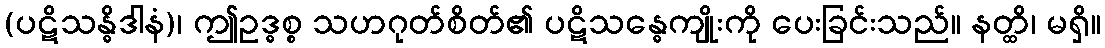
(ပဋိသန္ဓိဒါနံ)၊ ဤဥဒ္ဓစ္စ သဟဂုတ်စိတ်၏ ပဋိသန္ဓေကျိုးကို ပေးခြင်းသည်။ နတ္ထိ၊ မရှိ။